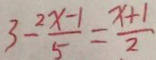
3 - \frac { 2 x - 1 } { 5 } = \frac { x + 1 } { 2 }